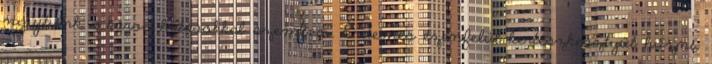
nyújtunk a káros hatásokkal szemben. Érdemes ezenfelül kertészkesztyűt húzni.